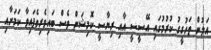
އަލުން ތަހުގީގު ކުރުމުގައި އޭސީސީ އާއި ރިޔާސީ ކޮމިޝަން ވެސް ބައިވެރިވެފައިވާާ ކަމަށާއި